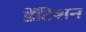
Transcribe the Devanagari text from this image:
डेंटिशन